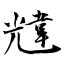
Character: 韑